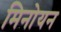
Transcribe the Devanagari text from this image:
मिनोयन